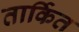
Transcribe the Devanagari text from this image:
तार्कित